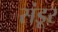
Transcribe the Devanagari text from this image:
संडूर